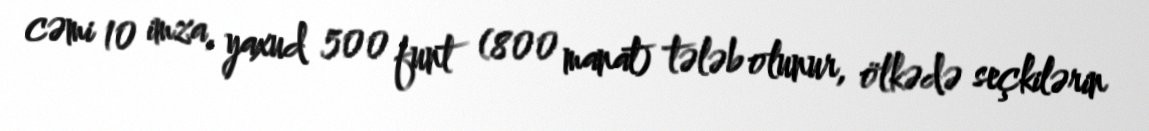
cəmi 10 imza, yaxud 500 funt (800 manat) tələb olunur, ölkədə seçkilərin